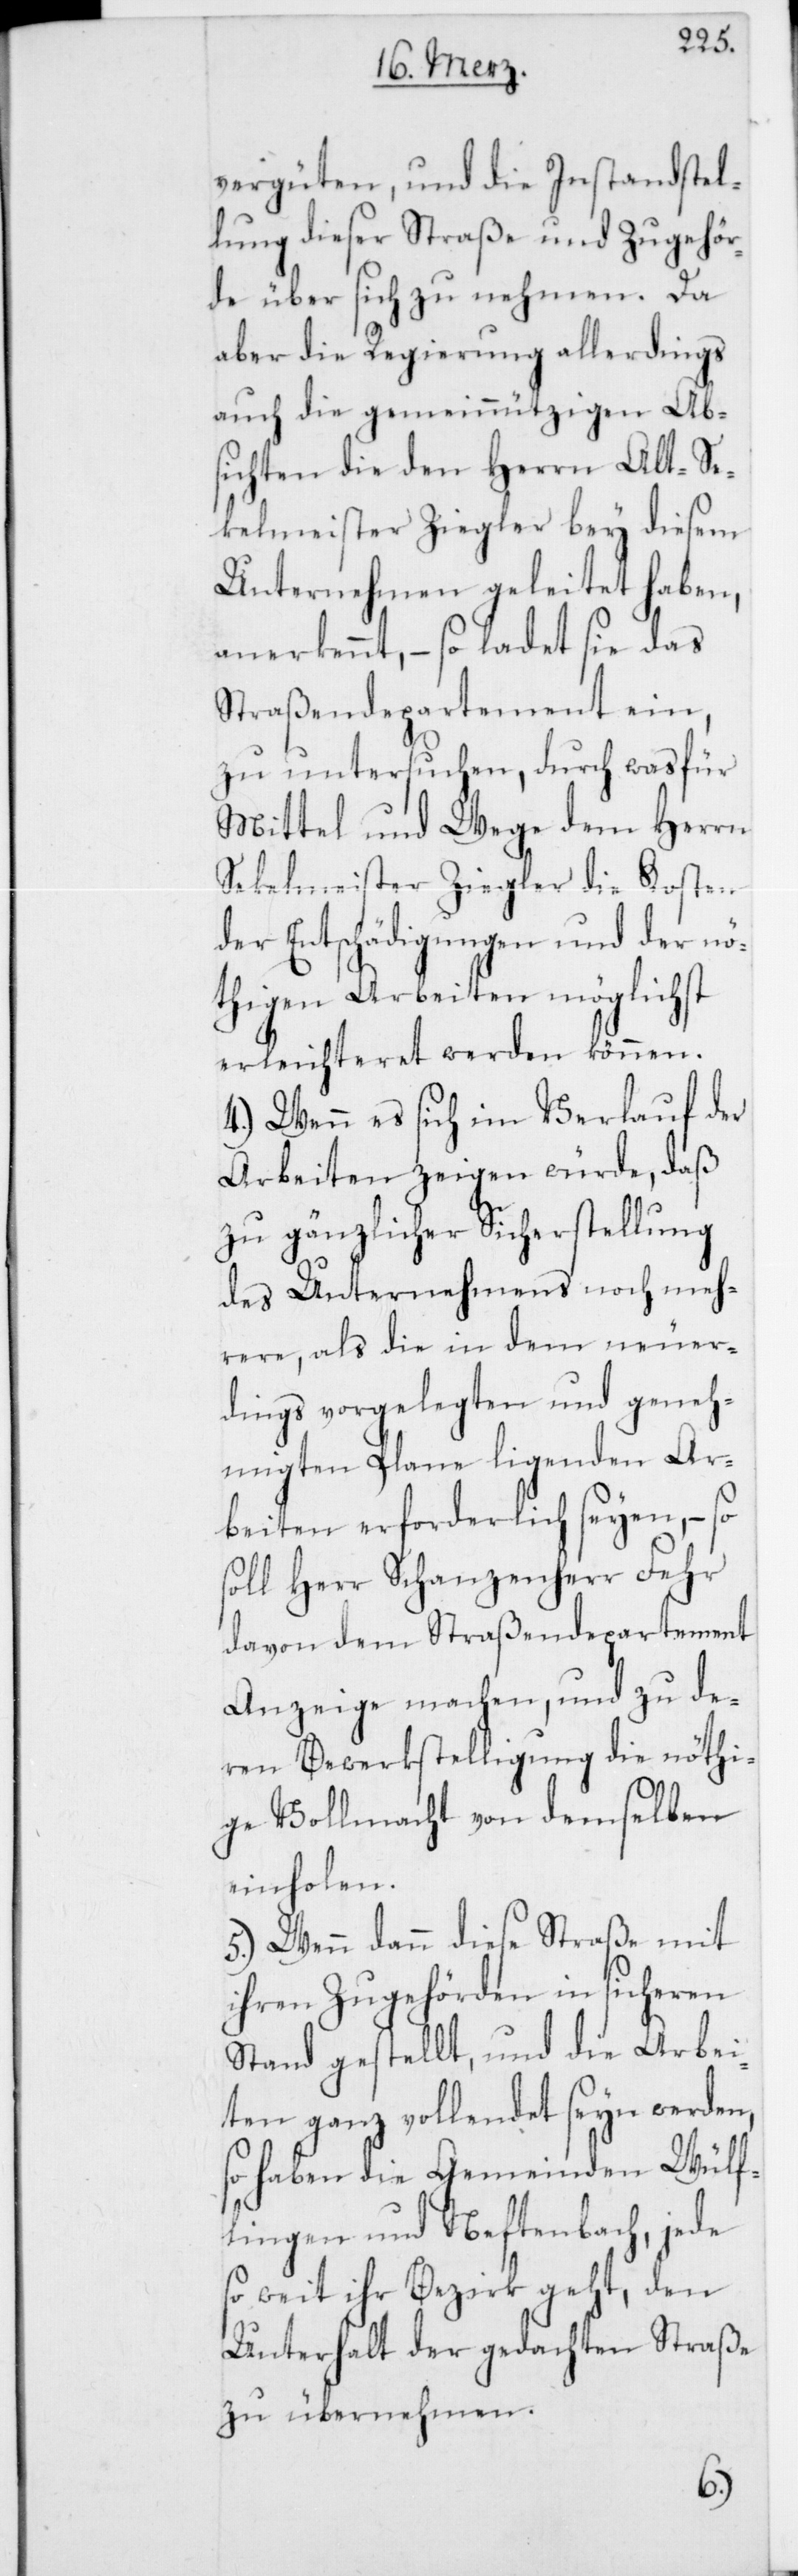
vergüten, und die Instandstel¬
lung dieser Straße und Zugehör¬
de über sich zu nehmen. Da
aber die Regierung allerdings
auch die gemeinnützigen Abs¬
ichten die den Herrn Alt-Se¬
kelmeister Ziegler bey diesem
Unternehmen geleitet haben,
anerkennt, – so ladet sie das
Straßendepartement ein,
zu untersuchen, durch was für
Mittel und Wege dem Herrn
Sekelmeister Ziegler die Kosten
der Entschädigungen und der nö¬
thigen Arbeiten möglichst
erleichteret werden können.
4.) Wenn es sich im Verlauf der
Arbeiten zeigen würde, daß
zu gänzlicher Sicherstellung
des Unternehmens noch meh¬
rere, als die in dem neuer¬
dings vorgelegten und geneh¬
migten Plane ligenden Ar¬
beiten erforderlich seyen, – so
soll Herr Schanzenherr Fehr
davon dem Straßendepartement
Anzeige machen, und zu de¬
ren Bewerkstelligung die nöthi¬
ge Vollmacht von demselben
einholen.
5.) Wenn dann diese Straße mit
ihren Zugehörden in sicheren
Stand gestellt, und die Arbei¬
ten ganz vollendet seyn werden,
so haben die Gemeinden Wülf¬
lingen und Neftenbach, jede
so weit ihr Bezirk geht, den
Unterhalt der gedachten Straße
zu übernehmen.